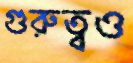
গুরুত্বও